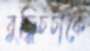
বুদ্ধিচর্চাকে